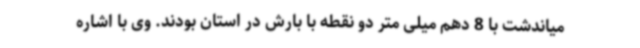
میاندشت با 8 دهم میلی متر دو نقطه با بارش در استان بودند. وی با اشاره